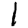
Digit: 1